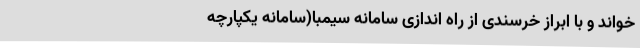
خواند و با ابراز خرسندی از راه اندازی سامانه سیمبا(سامانه یکپارچه